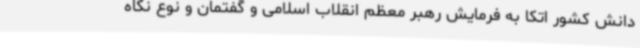
دانش کشور اتکا به فرمایش رهبر معظم انقلاب اسلامی و گفتمان و نوع نگاه